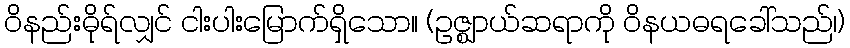
ဝိနည်းဓိုရ်လျှင် ငါးပါးမြောက်ရှိသော။ (ဥဇ္ဈာယ်ဆရာကို ဝိနယဓရခေါ်သည်၊)